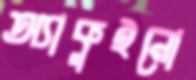
অ্যাকুইনো